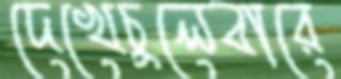
দেখেচুলেবারে